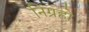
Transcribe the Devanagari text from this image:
निग्रहो